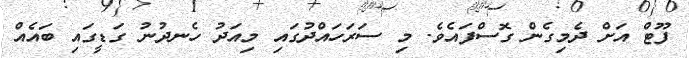
ފޫޓް އަށް ދެމިގެން ގޮސްފައެވެ. މި ސަރަހައްދުގައި މިއަދު ހެނދުނު ގަޑީގައި ބައެއް